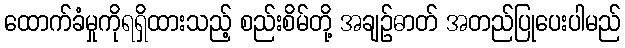
ထောက်ခံမှုကိုရရှိထားသည့် စည်းစိမ်တို့ အချဉ်ဓာတ် အတည်ပြုပေးပါမည်